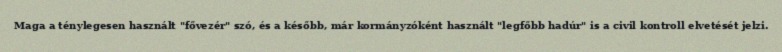
Maga a ténylegesen használt "fővezér" szó, és a később, már kormányzóként használt "legfőbb hadúr" is a civil kontroll elvetését jelzi.